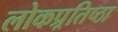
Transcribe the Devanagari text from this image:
लोकप्र्रतिष्ठा